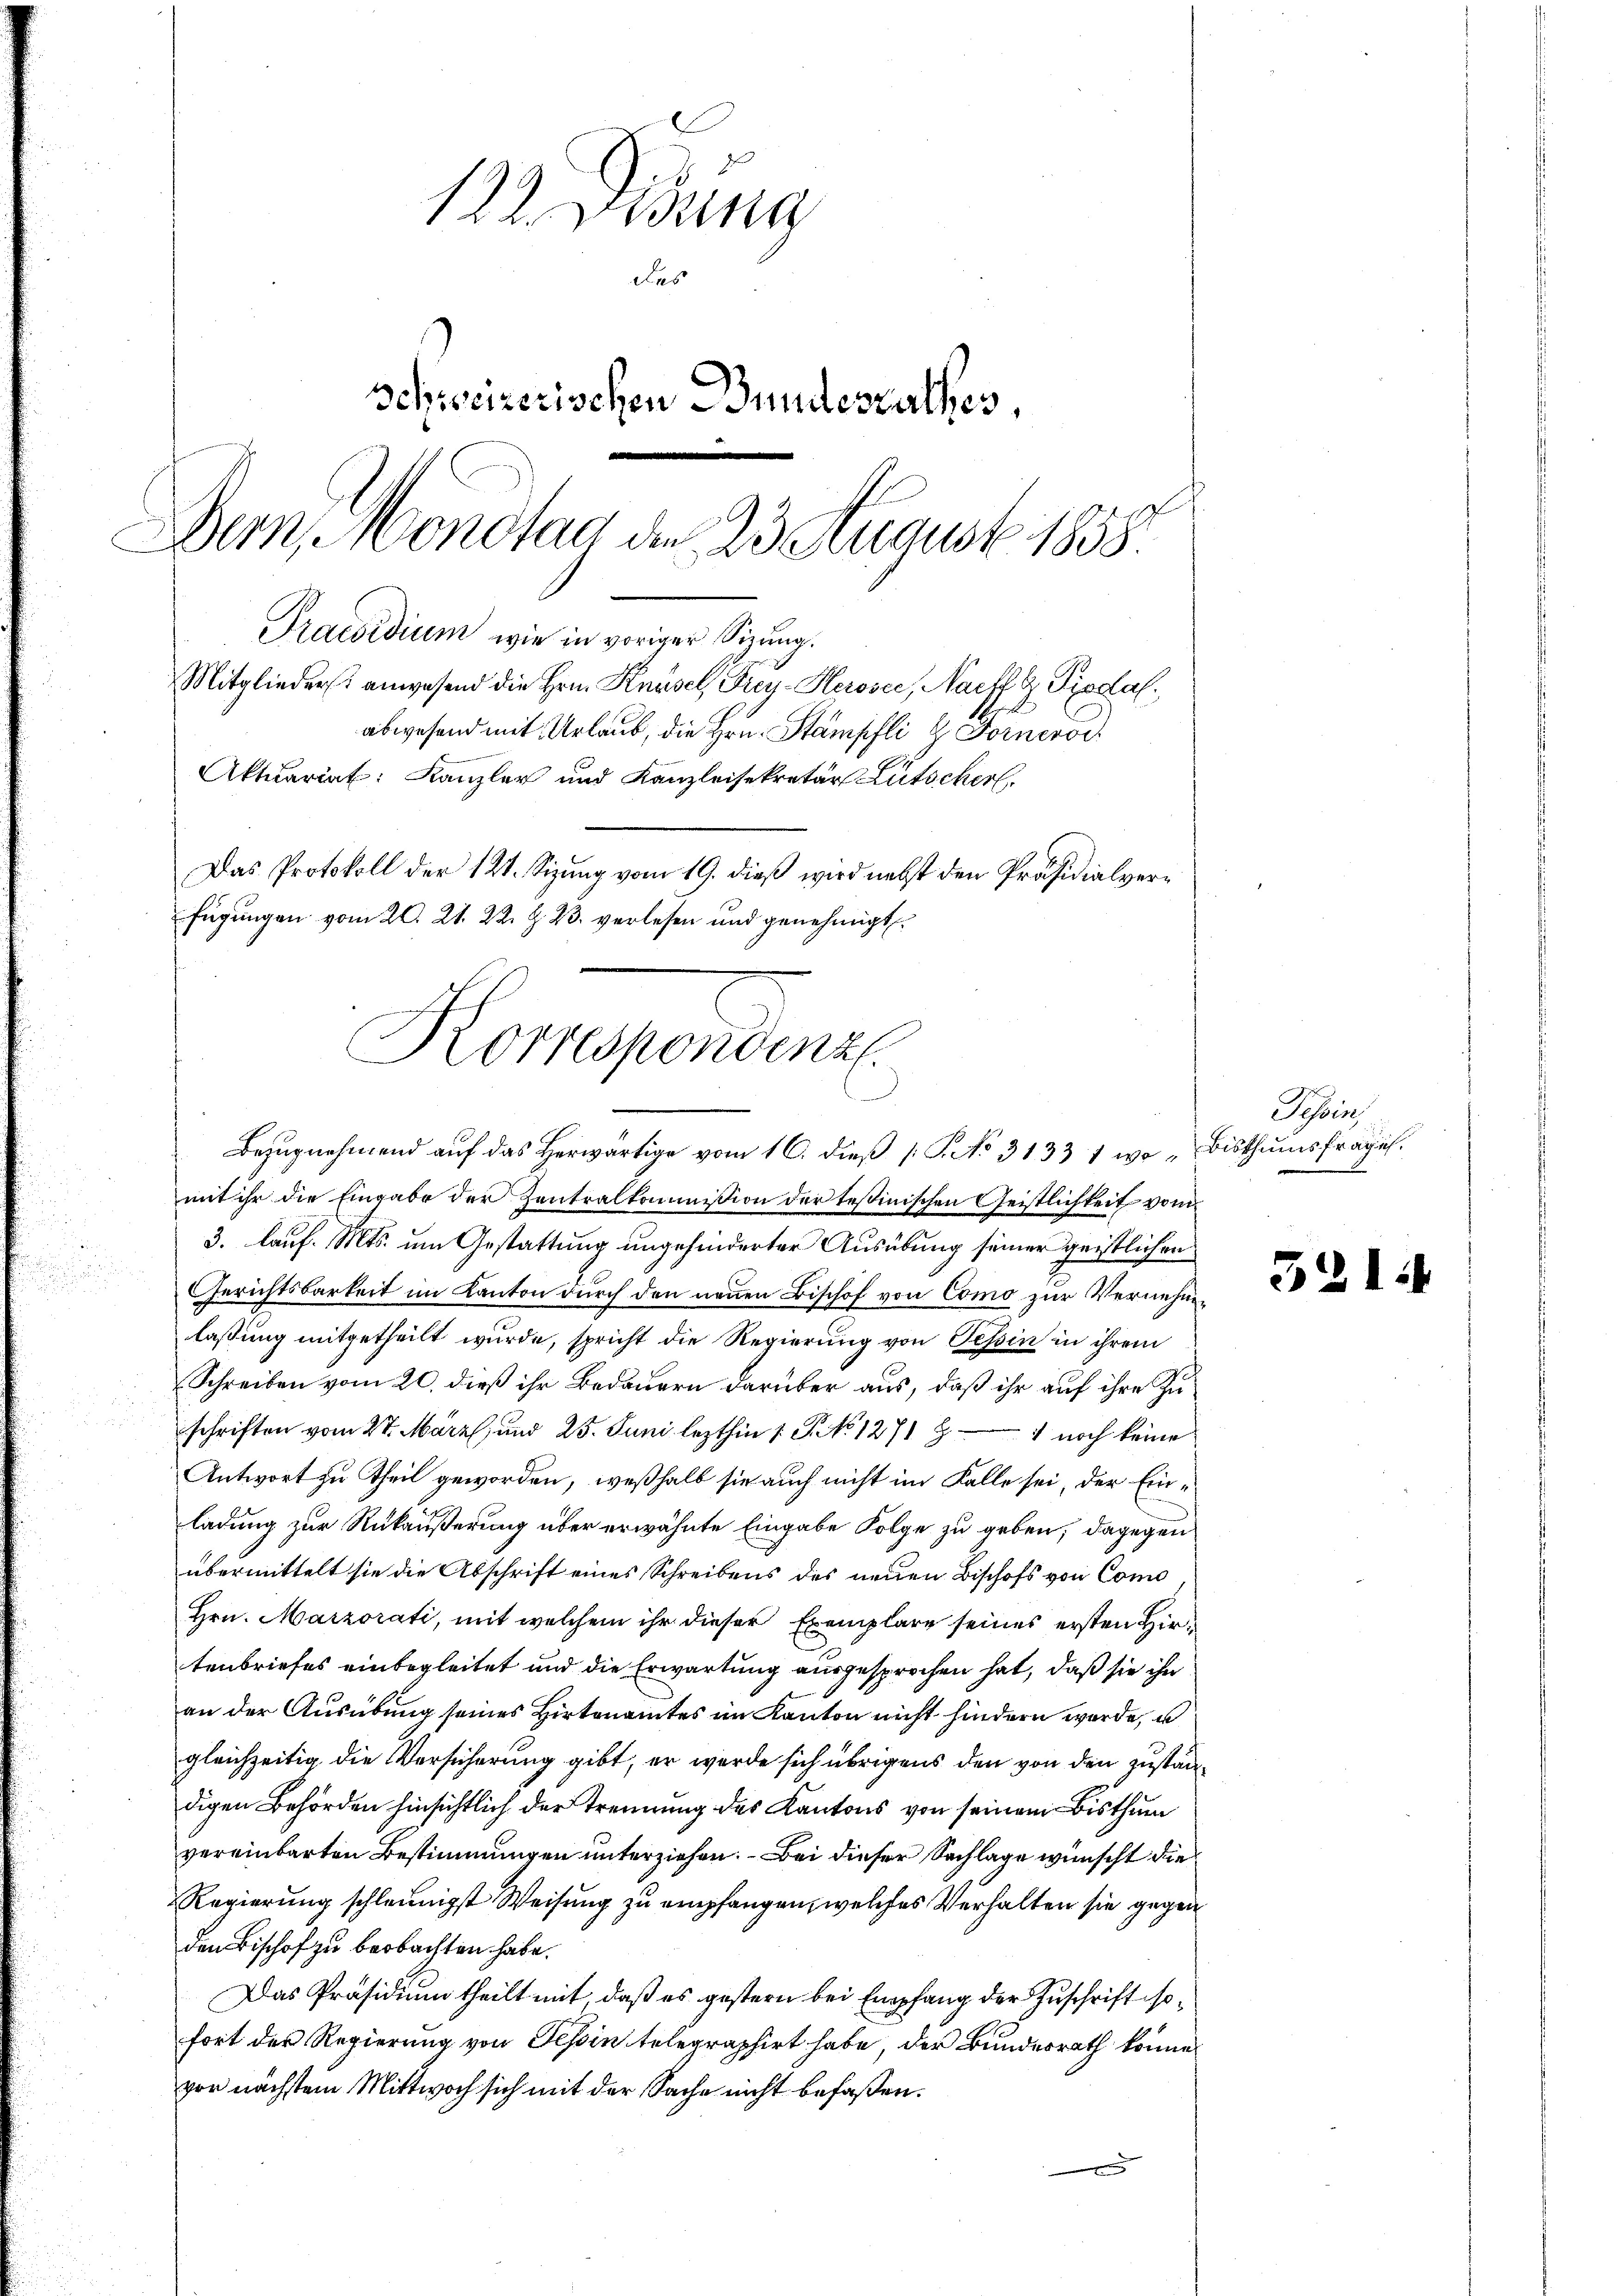
122. Didung
Das
schweizerischen Bundesrathes,
Dem Mondtag der 23 August 1858
Praesidium, wie in voriger Sitzung.
Mitglieder anwesend die Hrn. Knüsel, Frey-Heroser, Nachf G. Piodal
abwesend mit Urlaub, die Hrn. Stampfli u. Fornerod
Aktuariat: Kanzler und Kanzleisekretär Lütscher.
Das Protokoll der 121. Sizung vom 19. dieß wird nebst den Präsidialverfügungen vom 20. 21. 22. Z. 23. verlesen und genehmigt

Korrespondenz
Bezugnahmend auf das Herwärtige vom 16. dieß [S. No 3133 1 wo „Bisthumsfrages.

mit ihr die Eingabe der Zentralkommission der testinischen Geistlichkeit vom
3. lauf. Mts. um Gestattung ungehinderter Ausübung seiner geistlichen
Gerichtsbarkeit im Kanton durch den neuen Bischof von Como zur Vernehmlaßung mitgetheilt wurde, spricht die Regierung von Tessin in ihrem
Schreiben vom 20. dieß ihr Bedauern darüber aus, daß ihr auf ihre Zuschriften vom 27. März, und 25. Juni lezthin 1 S. 1271 § 1 noch keine
Antwort zu Theil geworden, weßhalb sie auch nicht im Falle sei, der Einladung zur Rükäußerung über erwähnte Eingabe Folge zu geben; dagegen
übermittelt sie die Abschrift eines Schreibens des neuen Bischofs von Como
Hrn. Marzorati, mit welchem ihr dieser Exemplare seines ersten Hirtenbriefes einbegleitet und die Erwartung ausgesprochen hat, daß sie ihn
an der Ausübung seines Hirtenamtes im Kanton nicht hindern werde, u
gleichzeitig die Versicherung gibt, er werde sich übrigens den von den zuständigen Behörden hinsichtlich der Trennung des Kantons von seinem Bisthum
vereinbarten Bestimmungen unterziehen. – Bei dieser Sachlage wünscht die
Regierung schleunigst Weisung zu empfangen, welches Verhalten sie gegen
den Bischof zu beobachten habe.
Das Präsidium theilt mit, daß es gestern bei Empfang der Zuschrift sofort der Regierung von Tessin telegraphirt habe, der Bundesrath könne
vor nächstem Mittwoch sich mit der Sache nicht befassen.

Tessin,
d

32

2